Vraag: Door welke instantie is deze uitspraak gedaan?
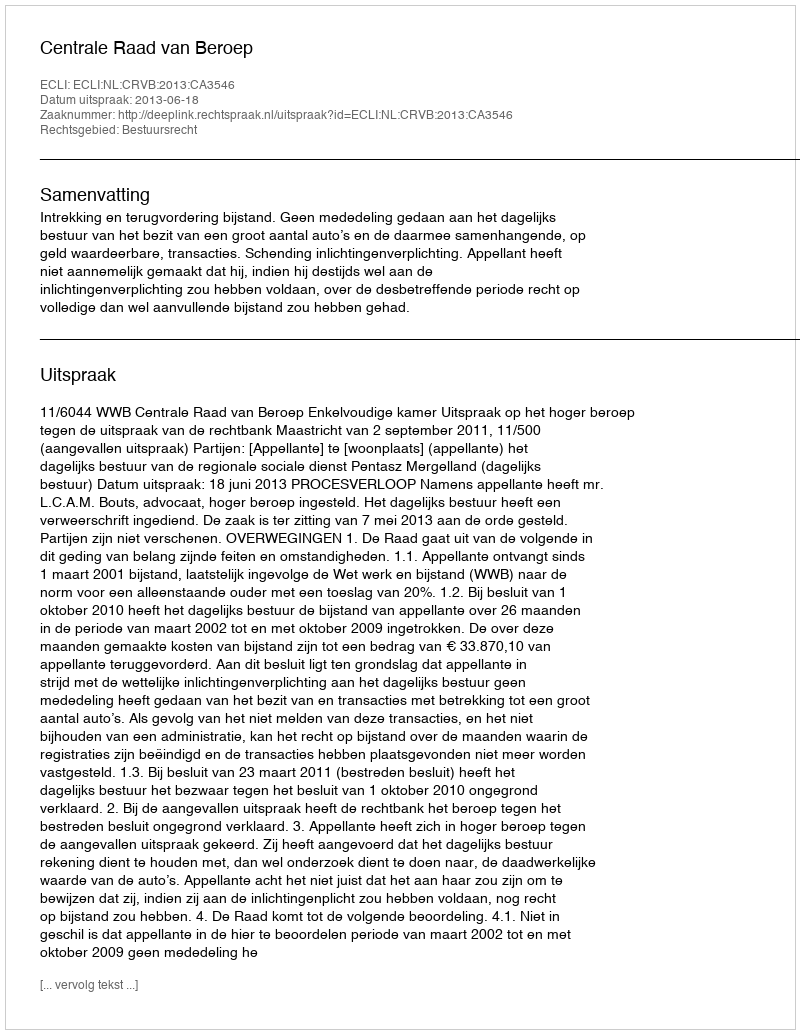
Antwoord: Centrale Raad van Beroep